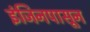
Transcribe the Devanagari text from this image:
इंजिनपासून